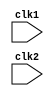
module pipe_MIPS16 (clk1, clk2); 
 input clk1, clk2; // Two-phase clock 
  reg [15:0] PC, IF_ID_IR, IF_ID_NPC; 
  reg [15:0] ID_EX_IR, ID_EX_NPC, ID_EX_A, ID_EX_B, ID_EX_Imm; 
 reg [2:0] ID_EX_type, EX_MEM_type, MEM_WB_type; 
  reg [15:0] EX_MEM_IR, EX_MEM_ALUOut, EX_MEM_B; 
 reg EX_MEM_cond; 
  reg [15:0] MEM_WB_IR, MEM_WB_ALUOut, MEM_WB_LMD; 
  reg [7:0] Reg [0:15]; // Register bank (32 x 32) 
  reg [15:0] Mem [0:1023]; // 1024 x 32 memory
 parameter ADD=4'b0001,SUB=4'b1100, AND=4'b0110, OR=4'b0011, SLT=4'b1110, MUL=4'b0101,HLT=4'b1111, LW=4'b0100,SW=4'b0101, ADDI=4'b0000, SUBI=4'b1011,SLTI=4'b0010,  BNEQZ=4'b1101, BEQZ=4'b1000;  
 parameter RR_ALU=3'b000,RM_ALU=3'b001,LOAD=3'b010,STORE=3'b011,BRANCH=3'b100,HALT=3'b101; 
 reg HALTED;  // Set after HLT instruction is completed (in WB stage) 
 reg TAKEN_BRANCH; // Required to disable instructions after branch
 
 always @(posedge clk1) // IF Stage 
 if (HALTED == 0) 
 begin 
   if (((EX_MEM_IR[15:12] == BEQZ) && (EX_MEM_cond == 1)) || ((EX_MEM_IR[15:12] == BNEQZ) && (EX_MEM_cond == 0))) 
 begin 
 IF_ID_IR <= #2 Mem[EX_MEM_ALUOut]; 
 TAKEN_BRANCH <= #2 1'b1; 
 IF_ID_NPC <= #2 EX_MEM_ALUOut + 1; 
 PC <= #2 EX_MEM_ALUOut + 1; 
 end
 else 
 begin 
 IF_ID_IR <= #2 Mem[PC]; 
 IF_ID_NPC <= #2 PC + 1; 
 PC <= #2 PC + 1; 
 end 
 end
 
 always @(posedge clk2) // ID Stage
  if (HALTED == 0) 
 begin 
   if (IF_ID_IR[11:9] == 3'b000) ID_EX_A <= 0; 
   else ID_EX_A <= #2 Reg[IF_ID_IR[11:9]]; // "rs" 
   if (IF_ID_IR[8:6] == 3'b000) ID_EX_B <= 0; 
   else ID_EX_B <= #2 Reg[IF_ID_IR[8:6]]; // "rt" 
 ID_EX_NPC <= #2 IF_ID_NPC; 
 ID_EX_IR <= #2 IF_ID_IR; 
   ID_EX_Imm <= #2 {{10{IF_ID_IR[5]}}, {IF_ID_IR[5:0]}};
   case (IF_ID_IR[15:12]) 
 ADD,SUB,AND,OR,SLT,MUL: ID_EX_type <= #2 RR_ALU; 
 ADDI,SUBI,SLTI: ID_EX_type <= #2 RM_ALU; 
 LW: ID_EX_type <= #2 LOAD; 
 SW: ID_EX_type <= #2 STORE; 
 BNEQZ,BEQZ: ID_EX_type <= #2 BRANCH; 
 HLT: ID_EX_type <= #2 HALT; 
 default: ID_EX_type <= #2 HALT; 
 // Invalid opcode
 endcase
 end
 
  always @(posedge clk1) // EX Stage 
 if (HALTED == 0) 
 begin 
 EX_MEM_type <= #2 ID_EX_type; 
 EX_MEM_IR <= #2 ID_EX_IR; 
 TAKEN_BRANCH <= #2 0; 
 case (ID_EX_type) 
 RR_ALU: begin 
   case (ID_EX_IR[15:12]) // "opcode" 
 ADD: EX_MEM_ALUOut <= #2 ID_EX_A + ID_EX_B; 
 SUB: EX_MEM_ALUOut <= #2 ID_EX_A - ID_EX_B; 
 AND: EX_MEM_ALUOut <= #2 ID_EX_A & ID_EX_B; 
 OR: EX_MEM_ALUOut <= #2 ID_EX_A | ID_EX_B; 
 SLT: EX_MEM_ALUOut <= #2 ID_EX_A < ID_EX_B; 
 MUL: EX_MEM_ALUOut <= #2 ID_EX_A * ID_EX_B; 
 default: EX_MEM_ALUOut <= #2 32'hxxxxxxxx; 
 endcase
 end
 
 
 RM_ALU: begin 
   case (ID_EX_IR[15:12]) // "opcode" 
 ADDI: EX_MEM_ALUOut <= #2 ID_EX_A + ID_EX_Imm; 
 SUBI: EX_MEM_ALUOut <= #2 ID_EX_A - ID_EX_Imm; 
 SLTI: EX_MEM_ALUOut <= #2 ID_EX_A < ID_EX_Imm; 
 default: EX_MEM_ALUOut <= #2 32'hxxxxxxxx; 
 endcase
 end
 
 
 LOAD, STORE: 
 begin 
 EX_MEM_ALUOut <= #2 ID_EX_A + ID_EX_Imm; 
 EX_MEM_B <= #2 ID_EX_B; 
 end
 BRANCH: begin 
    EX_MEM_ALUOut <= #2 ID_EX_NPC + ID_EX_Imm; 
    EX_MEM_cond <= #2 (ID_EX_A == 0); 
   end 
  endcase
 end
 
 
 always @(posedge clk2) // MEM Stage 
 if (HALTED == 0) 
 begin 
  MEM_WB_type <= EX_MEM_type; 
  MEM_WB_IR <= #2 EX_MEM_IR; 
  case (EX_MEM_type) 
   RR_ALU, RM_ALU: 
   MEM_WB_ALUOut <= #2 EX_MEM_ALUOut; 
   LOAD: MEM_WB_LMD <= #2 Mem[EX_MEM_ALUOut]; 
   STORE: if (TAKEN_BRANCH == 0) // Disable write 
   Mem[EX_MEM_ALUOut] <= #2 EX_MEM_B; 
  endcase
 end
 
 
 always @(posedge clk1) // WB Stage 
 begin 
 if (TAKEN_BRANCH == 0) // Disable write if branch taken 
  case (MEM_WB_type) 
   RR_ALU: Reg[MEM_WB_IR[5:3]] <= #2 MEM_WB_ALUOut; // "rd" 
   RM_ALU: Reg[MEM_WB_IR[8:6]] <= #2 MEM_WB_ALUOut; // "rt" 
   LOAD: Reg[MEM_WB_IR[8:6]] <= #2 MEM_WB_LMD; // "rt" 
   HALT: HALTED <= #2 1'b1; 
  endcase
 end 
endmodule